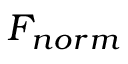
F _ { n o r m }